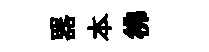
器本彿